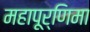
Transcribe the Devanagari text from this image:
महापूर्णिमा